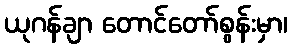
ယုဂန်ချာ တောင်တော်စွန်းမှာ၊